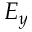
E _ { y }